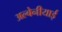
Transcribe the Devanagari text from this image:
अल्बेनीयाई